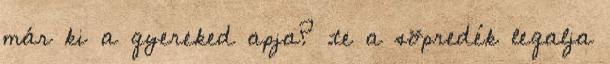
már ki a gyereked apja? .te a söpredék legalja